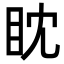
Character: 眈